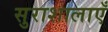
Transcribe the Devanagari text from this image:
सुराशालाएँ